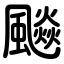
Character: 飈